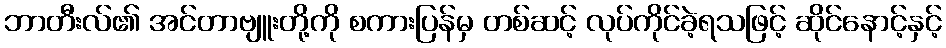
ဘာတီးလ်၏ အင်တာဗျူးတို့ကို စကားပြန်မှ တစ်ဆင့် လုပ်ကိုင်ခဲ့ရသဖြင့် ဆိုင်နောင့်နှင့်